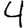
Digit: 4